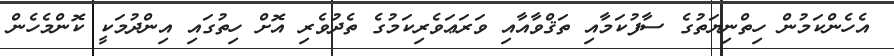
އެހެންކަމުން ހިތްނިޔަތުގެ ސާފުކަމާއި ތަޤްވާއާއި ވަރަޢަވެރިކަމުގެ ތެދުވެރި އޮށް ހިތުގައި އިންދުމަކީ ކޮންމެހެން